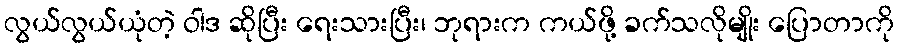
လွယ်လွယ်ယုံတဲ့ ဝါဒ ဆိုပြီး ရေးသားပြီး၊ ဘုရားက ကယ်ဖို့ ခက်သလိုမျိုး ပြောတာကို